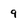
Character: 9